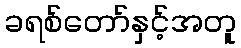
ခရစ်တော်နှင့်အတူ